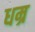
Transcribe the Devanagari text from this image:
धम्र